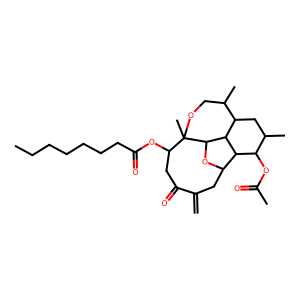
SMILES: C=C1CC2OC3C4C(CC(C)C(OC(C)=O)C24)C(C)COC3(C)C(OC(=O)CCCCCCC)CC1=O
Inhibits HIV replication: No